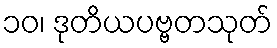
၁၀၊ ဒုတိယပဗ္ဗတသုတ်